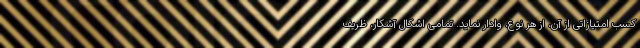
کسب امتیازاتی از آن، از هر نوع، وادار نماید. تمامی اشکال آشکار، ظریف